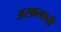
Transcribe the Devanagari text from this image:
अस्क़लानी